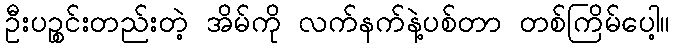
ဦးပဉ္စင်းတည်းတဲ့ အိမ်ကို လက်နက်နဲ့ပစ်တာ တစ်ကြိမ်ပေါ့။